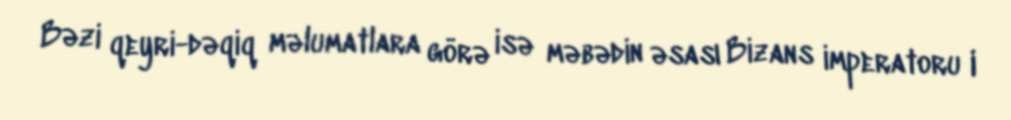
Bəzi qeyri-dəqiq məlumatlara görə isə məbədin əsası Bizans imperatoru I